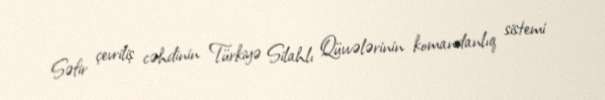
Səfir çevriliş cəhdinin Türkiyə Silahlı Qüvvələrinin komandanlıq sistemi